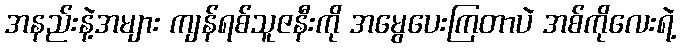
အနည်းနဲ့အများ ကျန်ရစ်သူဇနီးကို အမွေပေးကြတာပဲ အစ်ကိုလေးရဲ့